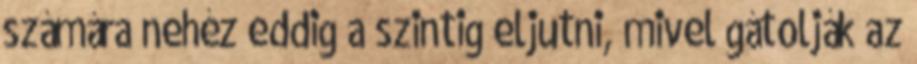
számára nehéz eddig a szintig eljutni, mivel gátolják az